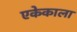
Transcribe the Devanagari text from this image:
एकेकाला